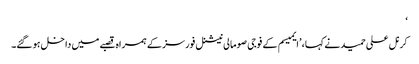
‘
کرنل علی حمید نے کہا، ’ایمیسم کے فوجی صومالی نیشنل فورسز کے ہمراہ قصبے میں داخل ہو گئے۔